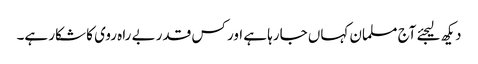
دیکھ لیجئے آج مسلمان کہاں جارہا ہے اور کس قدر بے راہ روی کا شکار ہے۔